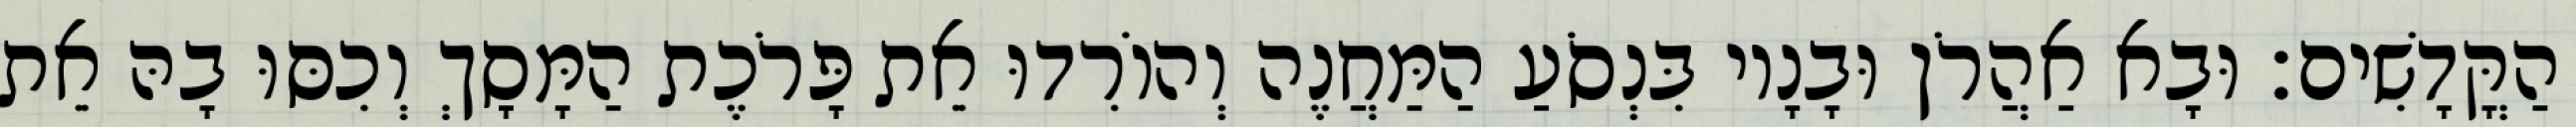
הַקֳּדָשִׁים׃ וּבָא אַהֲרֹן וּבָנָיו בִּנְסֹעַ הַמַּחֲנֶה וְהוֹרִדוּ אֵת פָּרֹכֶת הַמָּסָךְ וְכִסּוּ בָהּ אֵת